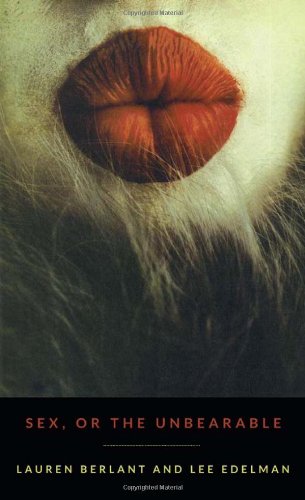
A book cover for Sex, or the Unbearable (Theory Q); Lauren Berlant; Gay & Lesbian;